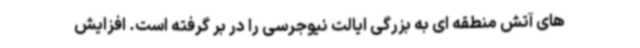
های آتش منطقه ای به بزرگی ایالت نیوجرسی را در بر گرفته است. افزایش